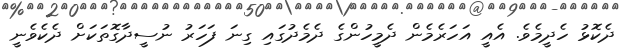
ދެކޮޅު ހެދީމެެވެ. އެއީ އަހަރެމެން ދެމީހުންގެ ދެމެދުގައި ގިނަ ފަހަރު ނުސީދާގޮތަކަށް ދެކެވެނީ